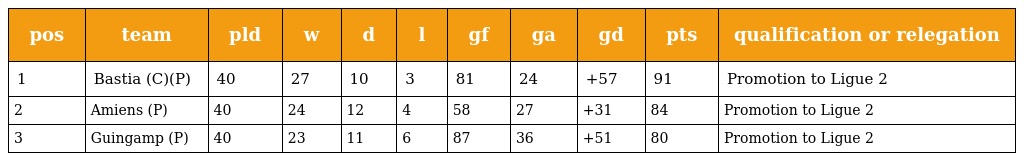
| pos | team | pld | w | d | l | gf | ga | gd | pts | qualification or relegation |
 | --- | --- | --- | --- | --- | --- | --- | --- | --- | --- | --- |
 | 1 | Bastia (C)(P) | 40 | 27 | 10 | 3 | 81 | 24 | +57 | 91 | Promotion to Ligue 2 |
 | 2 | Amiens (P) | 40 | 24 | 12 | 4 | 58 | 27 | +31 | 84 | Promotion to Ligue 2 |
 | 3 | Guingamp (P) | 40 | 23 | 11 | 6 | 87 | 36 | +51 | 80 | Promotion to Ligue 2 |